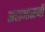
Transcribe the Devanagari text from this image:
सहाआसनी